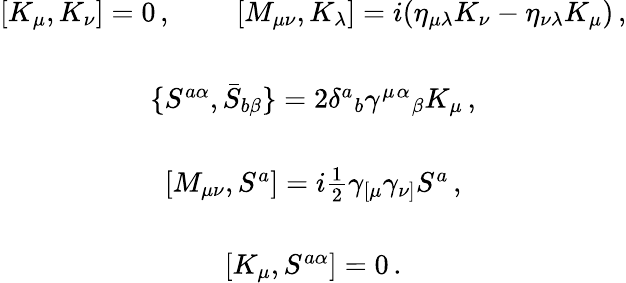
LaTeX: \begin{array}{c}{{[K_{\mu},K_{\nu}]=0\, ,~~~~~~~~~[M_{\mu\nu},K_{\lambda}]=i(\eta_{\mu\lambda}K_{\nu}-\eta_{\nu\lambda}K_{\mu})\, ,}}\\ {{{}}}\\ {{\{ S^{a\alpha},\bar{S}_{b\beta}\} =2\delta^{a}{}_{b}\gamma^{\mu}{}^{\alpha}{}_{\beta}K_{\mu}\, ,}}\\ {{{}}}\\ {{{}[M_{\mu\nu},S^{a}]=i\textstyle{\frac{1}{2}}\gamma_{[\mu}\gamma_{\nu]}S^{a}\, ,}}\\ {{{}}}\\ {{{}[{K}_{\mu},S^{a\alpha}]=0\, .}}\end{array}